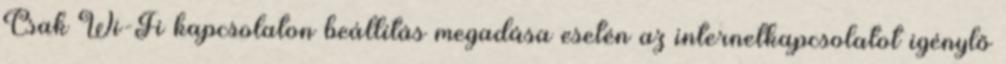
Csak Wi-Fi kapcsolaton beállítás megadása esetén az internetkapcsolatot igénylő